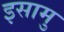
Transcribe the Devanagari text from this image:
इसामु